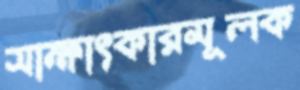
সাক্ষাৎকারমূলক